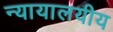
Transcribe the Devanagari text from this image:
न्यायालयीय